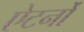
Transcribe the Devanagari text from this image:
ऐटर्नों